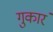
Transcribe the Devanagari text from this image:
गुकारं